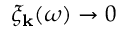
\xi _ { \mathbf { k } } ( \omega ) \rightarrow 0